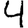
Digit: 4